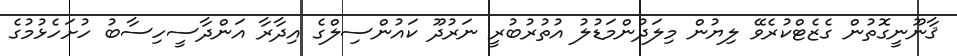
ޤާނޫނީގޮތުން ގެޒެޓްކުރެވޭ ލިޔުން މިލަދުންމަޑުލު އުތުރުބުރީ ނަރުދޫ ކައުންސިލްގެ އިދާރާ އަންދާސީހިސާބު ހުށަހެޅުމުގެ